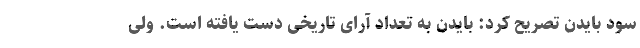
سود بایدن تصریح کرد: بایدن به تعداد آرای تاریخی دست یافته است. ولی